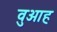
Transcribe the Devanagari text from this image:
वुआह